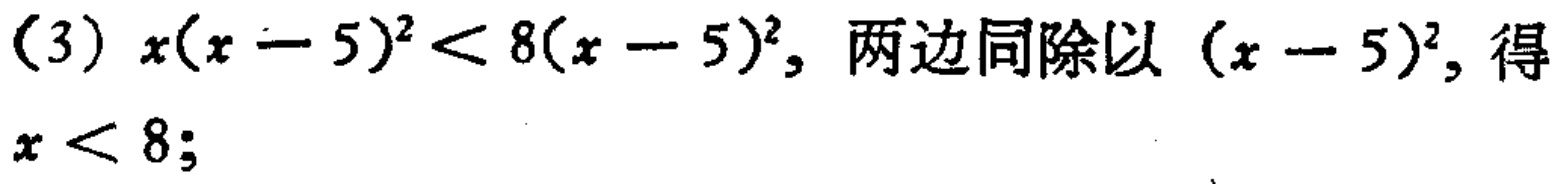
(3) \(x(x - 5)^2 < 8(x - 5)^2\), 两边同除以 \((x - 5)^2\), 得
\(x < 8;\)